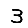
Digit: 3